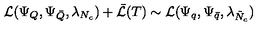
{ \cal L } ( \Psi _ { Q } , \Psi _ { \bar { Q } } , \lambda _ { N _ { c } } ) + \bar { { \cal L } } ( T ) \sim { \cal L } ( \Psi _ { q } , \Psi _ { \bar { q } } , \lambda _ { \tilde { N } _ { c } } )